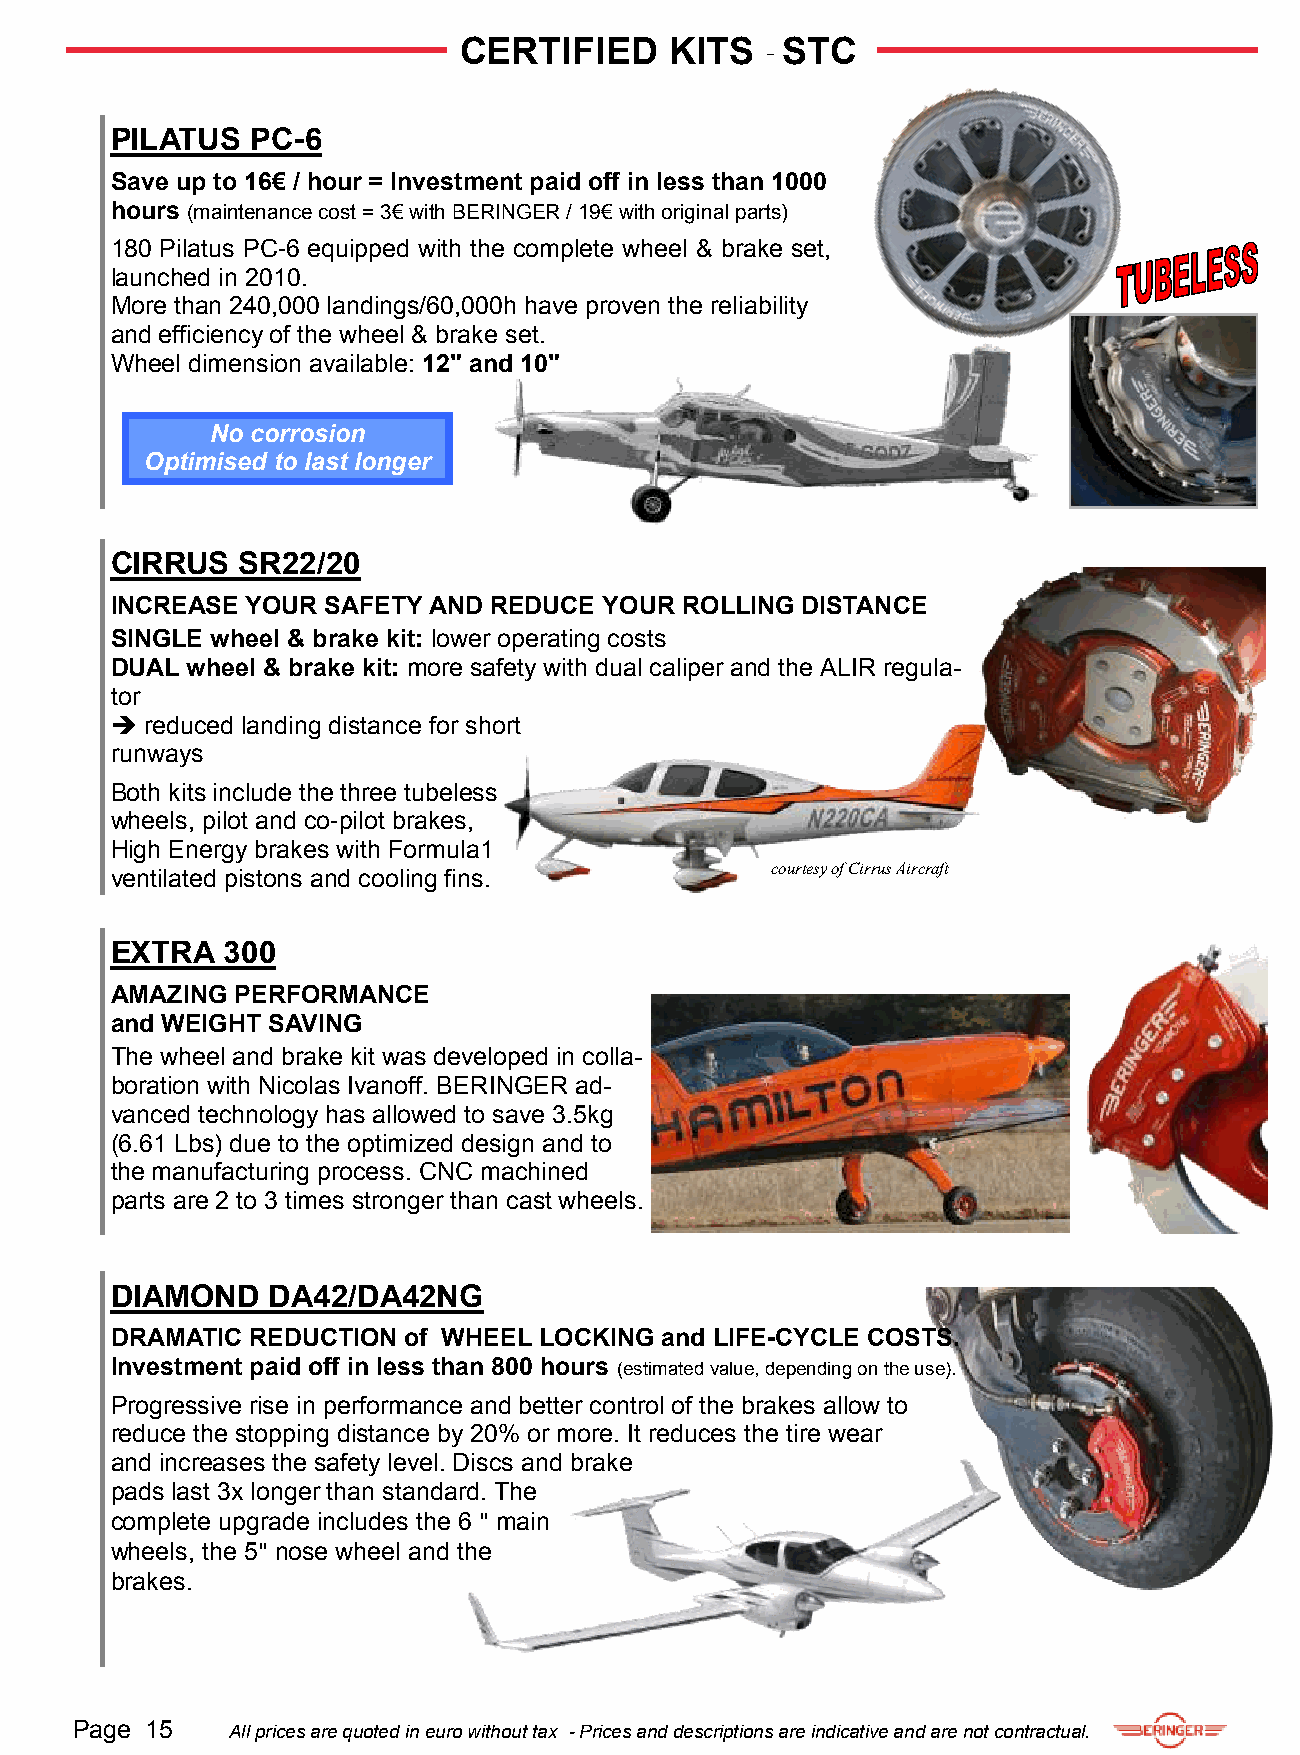
CERTIFIED     KITS   - STC
 PILATUS   PC-6
 Save up to 16€ / hour = Investment paid off in less than 1000
 hours (maintenance cost = 3€ with BERINGER / 19€ with original parts)
 180 Pilatus PC-6 equipped with the complete wheel & brake set,
 launched in 2010.
 More than 240,000 landings/60,000h have proven the reliability
 and efficiency of the wheel & brake set.
 Wheel dimension available: 12" and 10"
 No corrosion
 Optimised to last longer
 CIRRUS   SR22/20
 INCREASE YOUR  SAFETY AND REDUCE YOUR ROLLING DISTANCE
 SINGLE wheel & brake kit: lower operating costs
 DUAL wheel & brake kit: more safety with dual caliper and the ALIR regula-
 tor
   reduced landing distance for short
 runways
 Both kits include the three tubeless
 wheels, pilot and co-pilot brakes,
 High Energy brakes with Formula1
 courtesy of Cirrus Aircraft
 ventilated pistons and cooling fins.
 EXTRA   300
 AMAZING PERFORMANCE
 and WEIGHT SAVING
 The wheel and brake kit was developed in colla-
 boration with Nicolas Ivanoff. BERINGER ad-
 vanced technology has allowed to save 3.5kg
 (6.61 Lbs) due to the optimized design and to
 the manufacturing process. CNC machined
 parts are 2 to 3 times stronger than cast wheels.
 DIAMOND    DA42/DA42NG
 DRAMATIC REDUCTION  of WHEEL LOCKING and LIFE-CYCLE COSTS.
 Investment paid off in less than 800 hours (estimated value, depending on the use).
 Progressive rise in performance and better control of the brakes allow to
 reduce the stopping distance by 20% or more. It reduces the tire wear
 and increases the safety level. Discs and brake
 pads last 3x longer than standard. The
 complete upgrade includes the 6 " main
 wheels, the 5" nose wheel and the
 brakes.
 Page 15   All prices are quoted in euro without tax - Prices and descriptions are indicative and are not contractual.